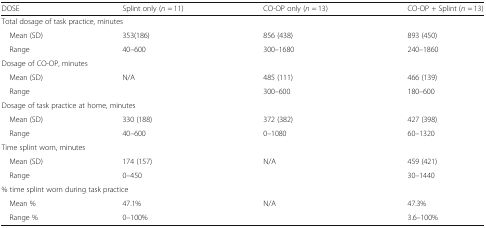
| DOSE | Splint only (n = 11) | CO-OP only (n = 13) | CO-OP + Splint (n = 13) |
 | --- | --- | --- | --- |
 | <COLSPAN=4> Total dosage of task practice, minutes |
 | Mean (SD) | 353(186) | 856 (438) | 893 (450) |
 | Range | 40–600 | 300–1680 | 240–1860 |
 | <COLSPAN=4> Dosage of CO-OP, minutes |
 | Mean (SD) | N/A | 485 (111) | 466 (139) |
 | Range |  | 300–600 | 180–600 |
 | <COLSPAN=4> Dosage of task practice at home, minutes |
 | Mean (SD) | 330 (188) | 372 (382) | 427 (398) |
 | Range | 40–600 | 0–1080 | 60–1320 |
 | <COLSPAN=4> Time splint worn, minutes |
 | Mean (SD) | 174 (157) | N/A | 459 (421) |
 | Range | 0–450 |  | 30–1440 |
 | <COLSPAN=4> % time splint worn during task practice |
 | Mean % | 47.1% | N/A | 47.3% |
 | Range % | 0–100% |  | 3.6–100% |